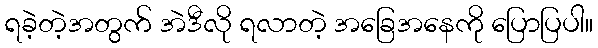
ရခဲ့တဲ့အတွက် အဲဒီလို ရလာတဲ့ အခြေအနေကို ပြောပြပါ။